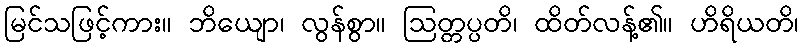
မြင်သဖြင့်ကား။ ဘိယျော၊ လွန်စွာ။ ဩတ္တပ္ပတိ၊ ထိတ်လန့်၏။ ဟိရိယတိ၊